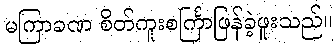
မကြာခဏ စိတ်ကူးစင်္ကြာဖြန်ခဲ့ဖူးသည်။